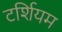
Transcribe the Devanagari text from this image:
टर्शियम